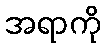
အရာကို